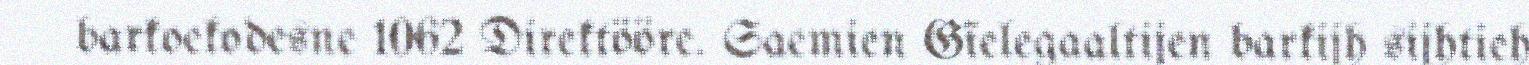
barkoekodesne 1062 Direktööre. Saemien Gïelegaaltijen barkijh sijhtieh